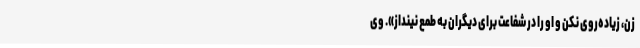
زن، زیاده‌روی نکن و او را در شفاعت برای دیگران به طمع نینداز». وی